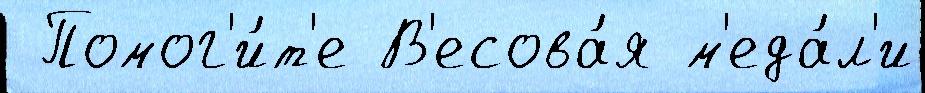
 Помог'и́т'е В'есова́я м'еда́л'и